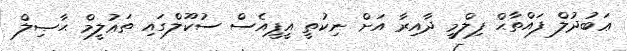
ޢަބުދުލް ފައްތާޙް ފިލްމީ ދާއިރާ އަށް ނިކުތީ އީޕީއެސް ސުކޫލްގައި ތަޢުލީމް ޙާޞިލް